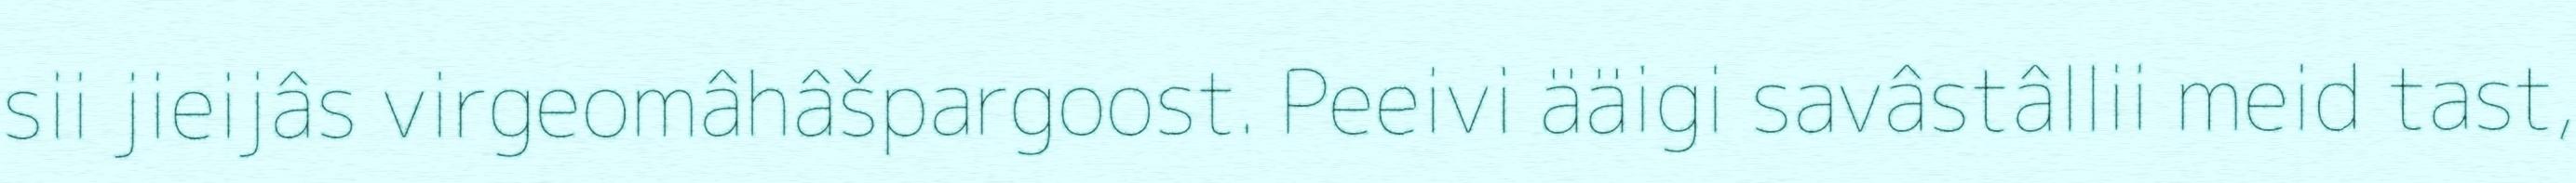
sii jieijâs virgeomâhâšpargoost. Peeivi ääigi savâstâllii meid tast,